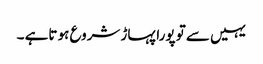
یہیں سے تو پورا پہاڑ شروع ہو تاہے ۔